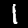
Label: 1